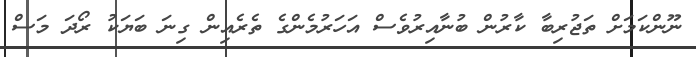
ނޫންކަމަށް ތަޖުރިބާ ކާރުން ބުނާއިރުވެސް އަހަރުމެންގެ ތެރެއިން ގިނަ ބަޔަކު ރޯދަ މަސް